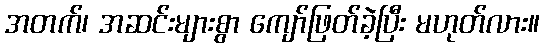
အတက်၊ အဆင်းများစွာ ကျော်ဖြတ်ခဲ့ပြီး မဟုတ်လား။